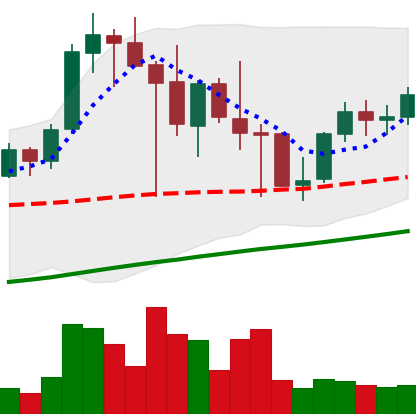
Ticker: LINK-USD
Chart end date: 2021-04-30
Forward return: 29.639%
Label: up_7plus